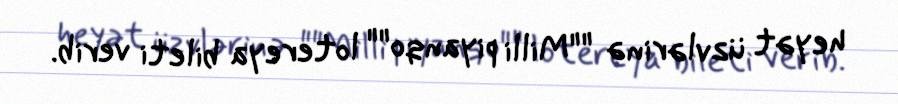
heyət üzvlərinə ""Milli piyanqo"" lotereya bileti verib.